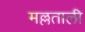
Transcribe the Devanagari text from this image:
मल्लताली